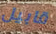
قابيل